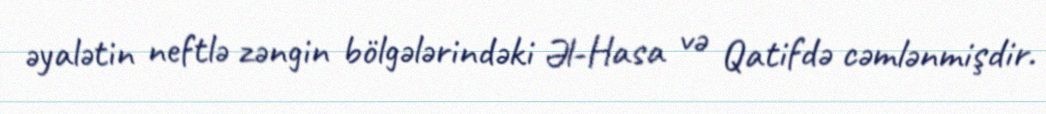
əyalətin neftlə zəngin bölgələrindəki Əl-Hasa və Qatifdə cəmlənmişdir.